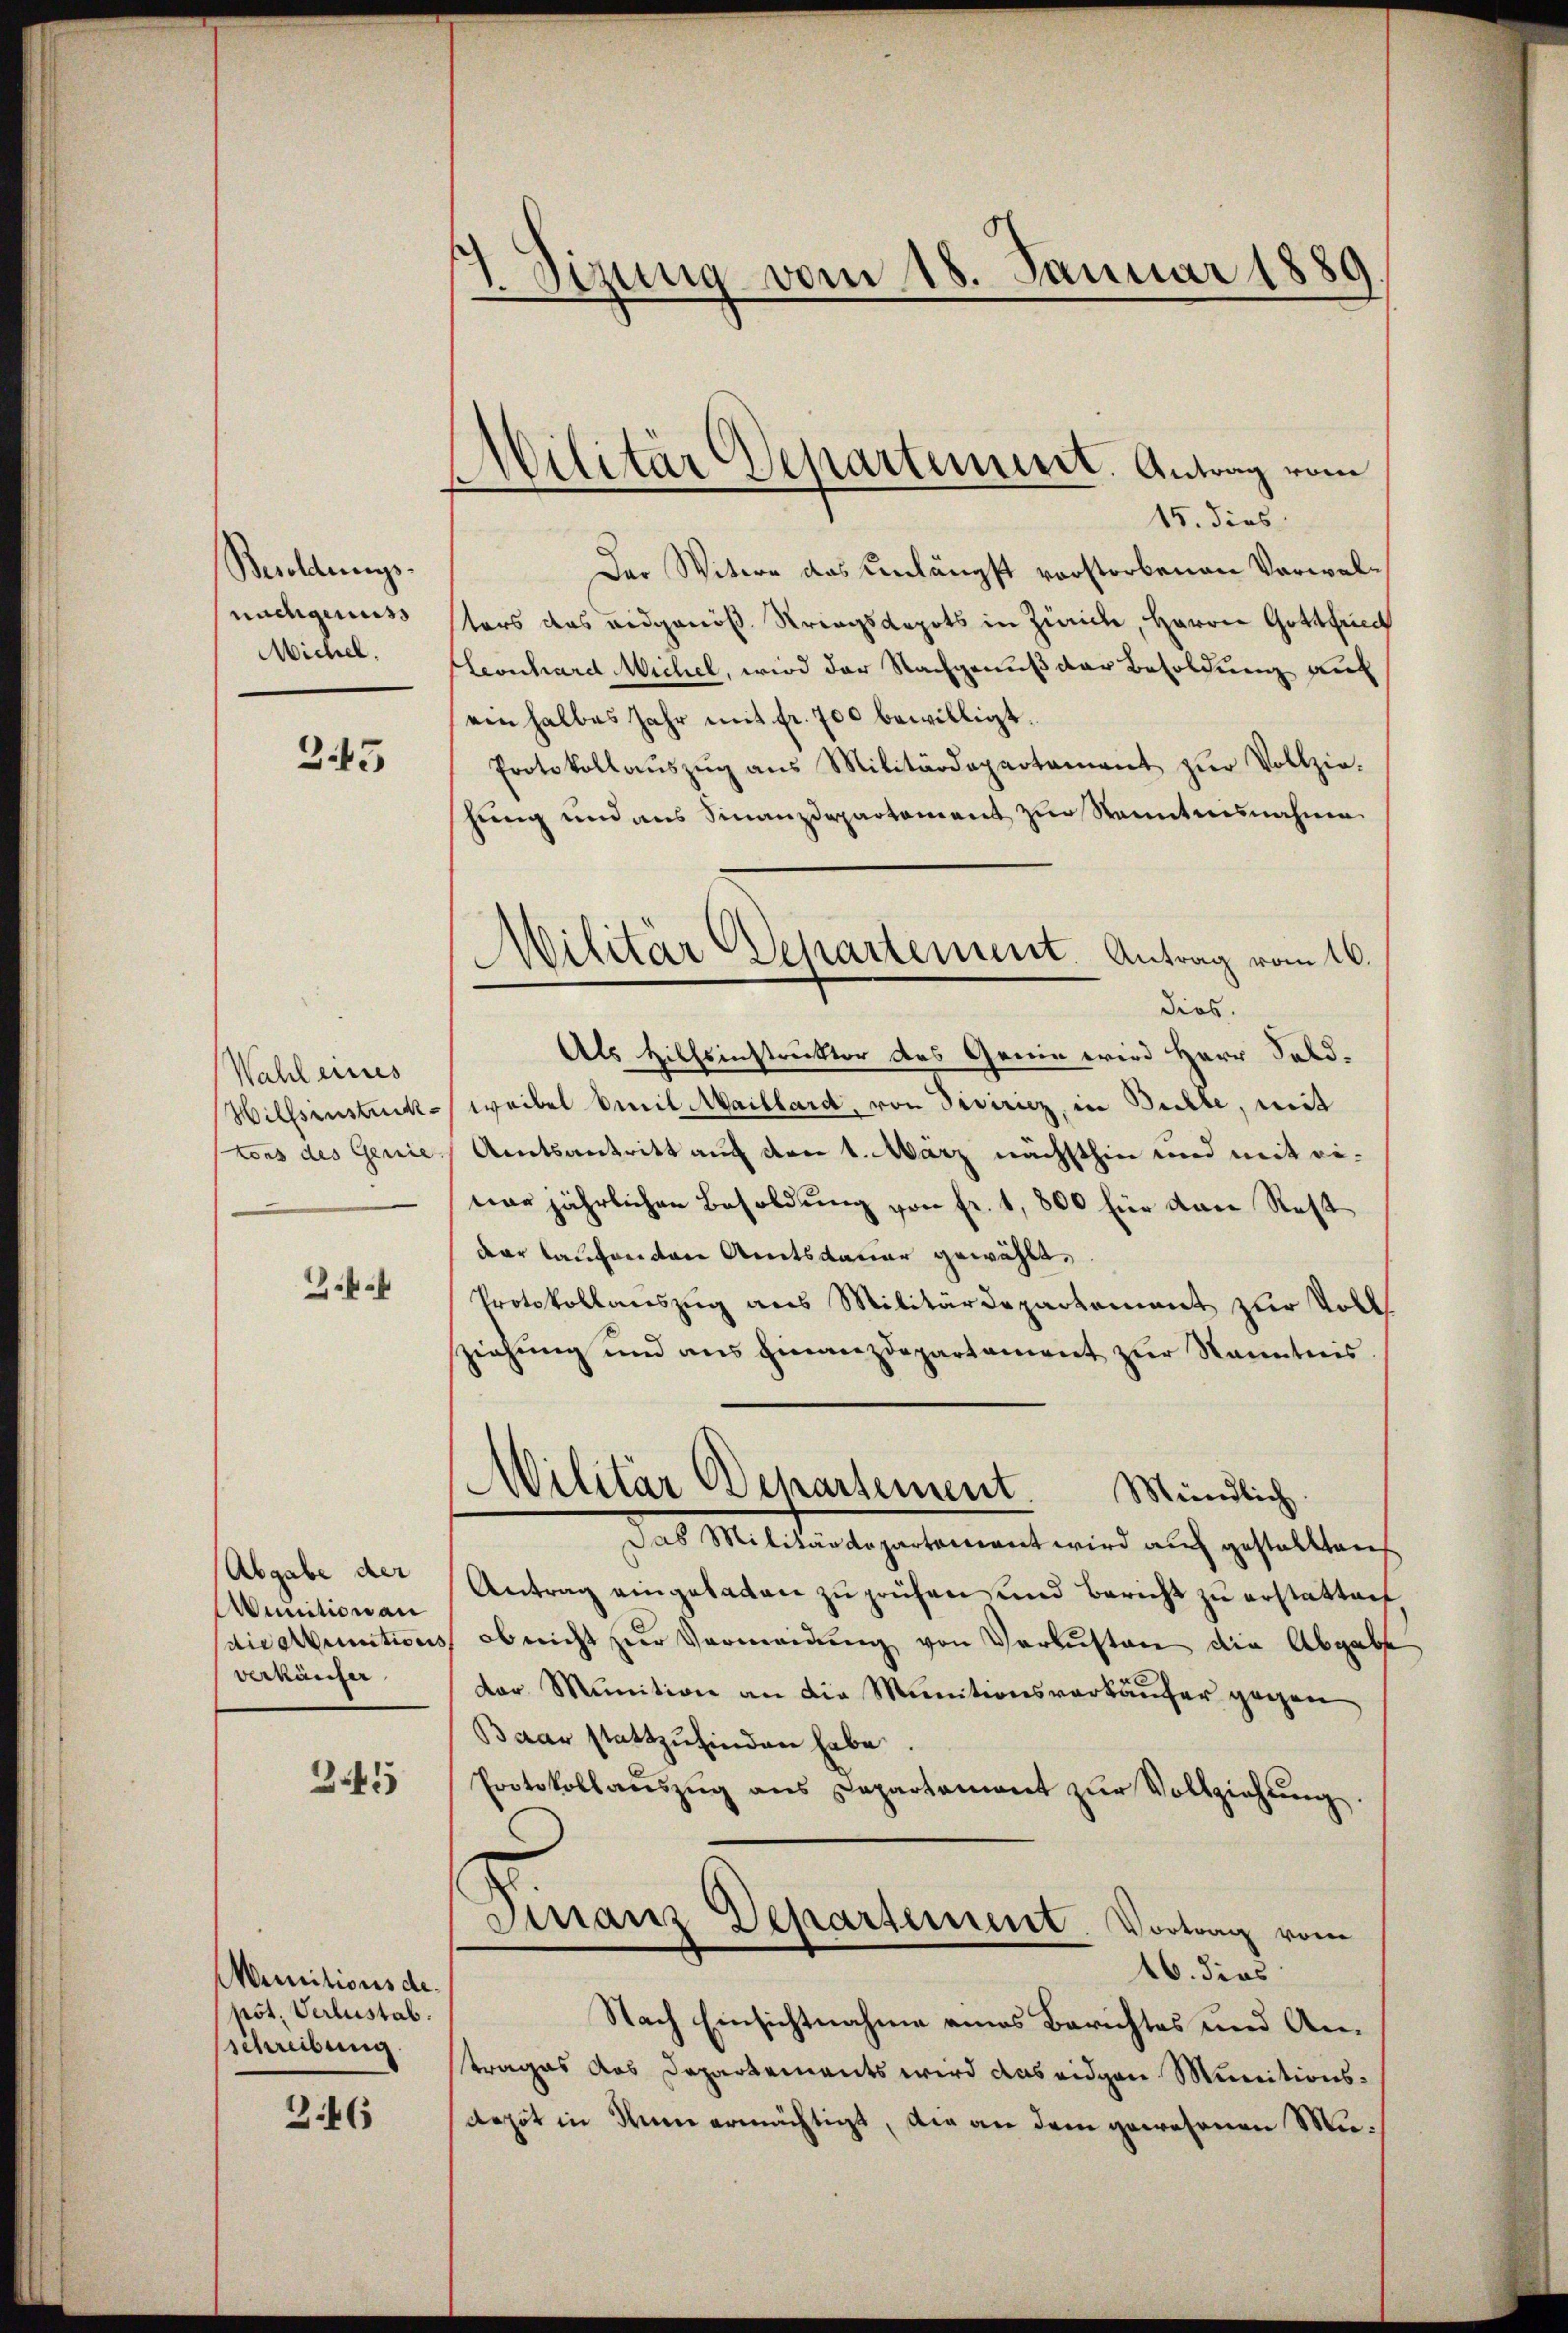
Besoldungs-
nachgenuss
Michel.

345

Wahl eines
Wilfsinstruktons des Genie.

Abgabe der
unition an
die ertunitions
verkäufer

341

Munitionsdenot. Verlustab.
schreibung

3.46

1. Sizung vom 18. Januar 1889

Militär Departement. Antrag vom

15. dies
Der Witwe das unlängst vorstorbenen Verwaltors das eidgenöß. Stringsdepots in Zürich, Herrn Gottfried
Leonhard Michel, wird der Nachgenuß der Besoldung auf
einhalbes Jahr mit fr. 700 bewilligt.
Protokollaŭszŭg ans Militärdepartament zŭr Vollzie-
hung und aus Finanzdepartement zur Kenntnisnahme
dies.
Als Hilfsinstruktor des Gerin wird Herr Feldweibel Emil Maillard, von diciriz, in Bulle, mit
Amtsantritt auf den 1. März nächsthin und mit eiwar jährlichen Besoldung von fr. 1,800 für den Rest
dar laufenton Amtsdauer gewählt,
Protokollauszug aus Militärdepartement zur Voll
ziehung und aus Finanzdepartament zur Kenntnis
Militär Departement.
Mündlich
Das Militärdepartement wird auch gestalten
Antrag eingetaten zŭ prüfen und bericht zŭ erstatten,
ob nicht zur Vermeidung von Verlusten die Abgabe
dor Munition an die Munitionsverkäŭfer gegen,
Baar stattzufinden habe.
Protokollaŭszŭg ans Departement zŭr Vollziehŭng.
Finanz Departement. Vortrag vom
16. dies
Nach Einsichtnahme eines Berichtes und Anstrages das Departements wird das eidgen Munitions¬
Aepot in Tun ermächtigt, die an dem gewesenen Mu¬

Militär Departement. Antrag vom 16.